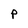
Character: P